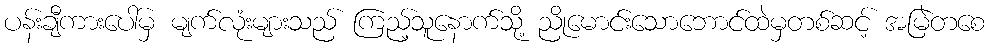
ပန်းချီကားပေါ်မှ မျက်လုံးများသည် ကြည့်သူနောက်သို့ ညိုမောင်းသောဘောင်ထဲမှတစ်ဆင့် အမြဲတစေ